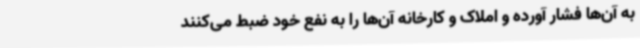
به آن‌ها فشار آورده و املاک و کارخانه آن‌ها را به نفع خود ضبط می‌کنند